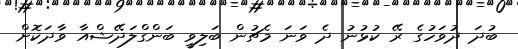
ބުދަ ދުވަހުގެ ރޭ ކުޅުނު ދެ ވަނަ މެޗުން ބަލިވީ ބަންގްލަދޭޝްއާ ވާދަކޮށް